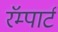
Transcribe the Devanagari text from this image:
रॅम्पार्ट